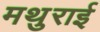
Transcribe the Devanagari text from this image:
मथुराई